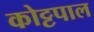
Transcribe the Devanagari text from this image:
कोट्टपाल